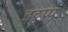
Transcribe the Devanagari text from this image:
इट्टूप्प